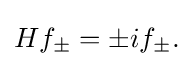
\displaystyle {Hf_{\pm }=\pm if_{\pm }.}